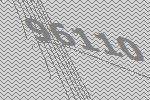
96110